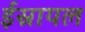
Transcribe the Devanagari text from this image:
ईस्रायल